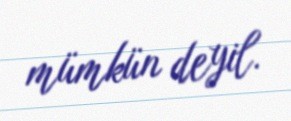
mümkün deyil.